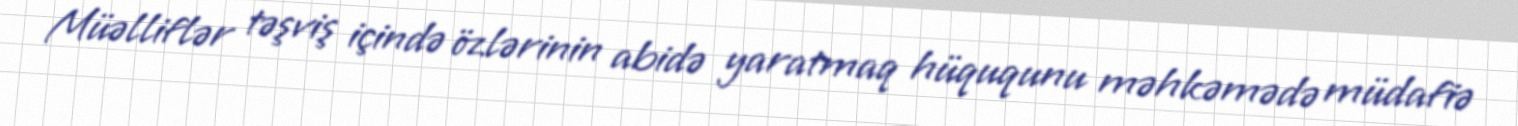
Müəlliflər təşviş içində özlərinin abidə yaratmaq hüququnu məhkəmədə müdafiə